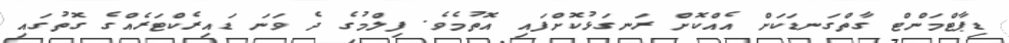
ޑިޕާޓްމަންޓް ގާތްގަނޑަކަށް އެއްކޮށް ރަނގަޅުކޮށްފައި އޮތުމެވެ. ފިލްމުގެ ދެ ވަނަ ޑައިރެކްޓަރެއްގެ ގޮތުގައި